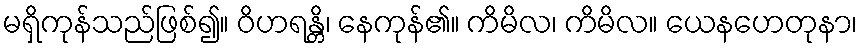
မရှိကုန်သည်ဖြစ်၍။ ဝိဟရန္တိ၊ နေကုန်၏။ ကိမိလ၊ ကိမိလ။ ယေနဟေတုနာ၊